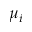
\mu _ { i }